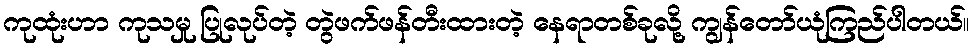
ကုထုံးဟာ ကုသမှု ပြုလုပ်တဲ့ တွဲဖက်ဖန်တီးထားတဲ့ နေရာတစ်ခုလို့ ကျွန်တော်ယုံကြည်ပါတယ်။